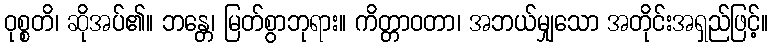
ဝုစ္စတိ၊ ဆိုအပ်၏။ ဘန္တေ၊ မြတ်စွာဘုရား။ ကိတ္တာဝတာ၊ အဘယ်မျှသော အတိုင်းအရှည်ဖြင့်။